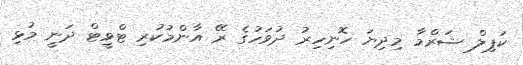
ކަޕިލް ޝަރްމާ މިދިޔަ ހޮނިހިރު ދުވަހުގެ ރޭ އާންމުކުރި ޓްވީޓް ދަނީ މުޅި